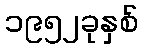
၁၉၅၂ခုနှစ်